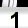
Digit: 1